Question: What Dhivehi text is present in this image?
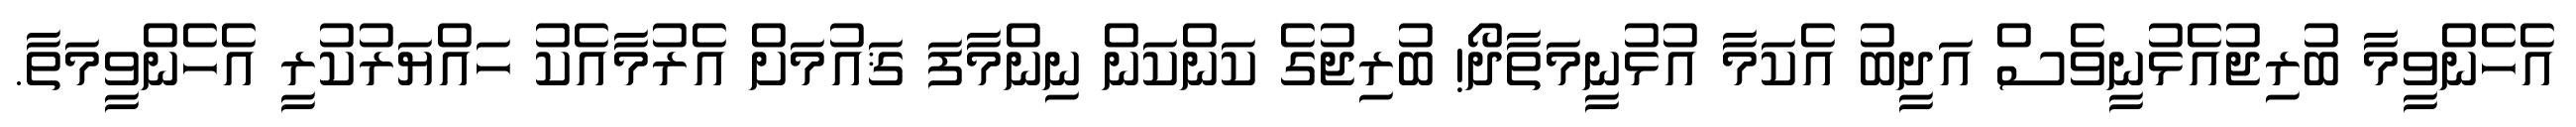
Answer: އެހެންވީމާ ބުރިޖުއެޅުނީވެސް އަދީބު އެކަމާ އުޅުނީމަތާދޯ! ބުރިޖުގެ ކަންކަން ނިންމާފަ ޤައުމަށް އެރުމާއެކު ހައްޔަރުކުރީ އެހެންވީމަތާ.